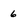
Character: 6